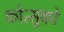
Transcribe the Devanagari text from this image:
कोत्सुको